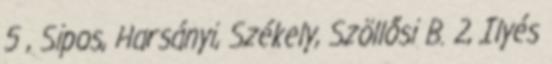
5 , Sipos, Harsányi, Székely, Szöllősi B. 2, Ilyés